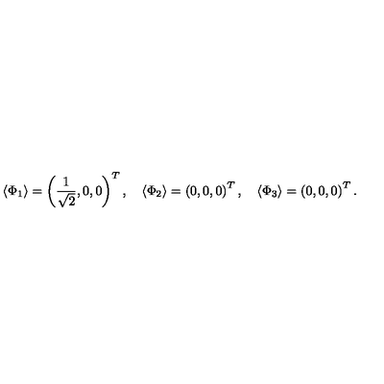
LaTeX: \langle \Phi _ { 1 } \rangle = \left( \frac { 1 } { \sqrt { 2 } } , 0 , 0 \right) ^ { T } , \quad \langle \Phi _ { 2 } \rangle = \left( 0 , 0 , 0 \right) ^ { T } , \quad \langle \Phi _ { 3 } \rangle = \left( 0 , 0 , 0 \right) ^ { T } .